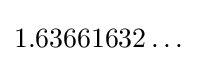
1.63661632\ldots